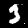
Label: 3